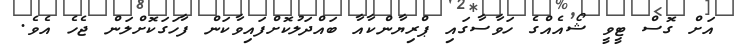
އަށް ގޮސް ޓީވީ ޝޯއެއްގެ ހަވާސާގައި ޕްރިޔާންކާއާ ބައްދަލުކޮށްފައިވާކަން ފާހަގަކޮށްލަން ޖެހެ އެވެ.